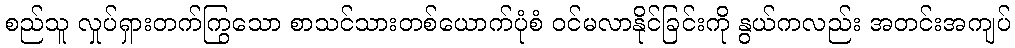
စည်သူ လှုပ်ရှားတက်ကြွသော စာသင်သားတစ်ယောက်ပုံစံ ဝင်မလာနိုင်ခြင်းကို နွယ်ကလည်း အတင်းအကျပ်